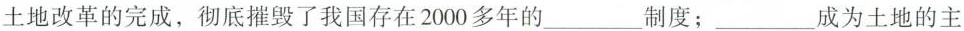
土地改革的完成，彻底摧毁了我国存在2000多年的___制度；___成为土地的主